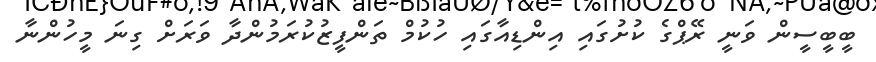
ބީބީސީން ވަނީ ރޭޕްގެ ކުށުގައި އިންޑިއާގައި ހުކުމް ތަންފީޒުކުރަމުންދާ ވަރަށް ގިނަ މީހުންނާ